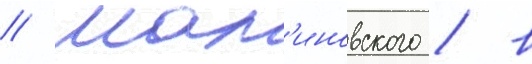
// Мал'иновского / в